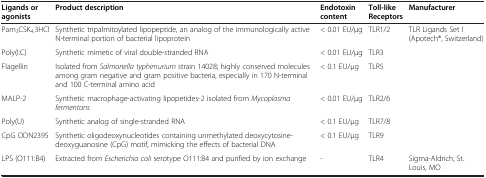
<table><thead><tr><td><b>Ligands or agonists</b></td><td><b>Product description</b></td><td><b>Endotoxin content</b></td><td><b>Toll-like Receptors</b></td><td><b>Manufacturer</b></td></tr></thead><tbody><tr><td>Pam<sub>3</sub>CSK<sub>4.</sub>3HCl</td><td>Synthetic tripalmitoylated lipopeptide, an analog of the immunologically active N-terminal portion of bacterial lipoprotein</td><td>&lt; 0.01 EU/μg</td><td>TLR1/2</td><td rowspan="6">TLR Ligands Set I (Apotech®, Switzerland)</td></tr><tr><td>Poly(I:C)</td><td>Synthetic mimetic of viral double-stranded RNA</td><td>&lt; 0.01 EU/μg</td><td>TLR3</td></tr><tr><td>Flagellin</td><td>Isolated from <i>Salmonella typhimurium</i> strain 14028; highly conserved molecules among gram negative and gram positive bacteria, especially in 170 N-terminal and 100 C-terminal amino acid</td><td>&lt; 0.1 EU/μg</td><td>TLR5</td></tr><tr><td>MALP-2</td><td>Synthetic macrophage-activating lipopetides-2 isolated from <i>Mycoplasma fermentans</i></td><td>&lt; 0.01 EU/μg</td><td>TLR2/6</td></tr><tr><td>Poly(U)</td><td>Synthetic analog of single-stranded RNA</td><td>&lt; 0.1 EU/μg</td><td>TLR7/8</td></tr><tr><td>CpG ODN2395</td><td>Synthetic oligodeoxynucleotides containing unmethylated deoxycytosine-deoxyguanosine (CpG) motif, mimicking the effects of bacterial DNA</td><td>&lt; 0.1 EU/μg</td><td>TLR9</td></tr><tr><td>LPS (O111:B4)</td><td>Extracted from <i>Escherichia coli</i> serotype O111:B4 and purified by ion exchange</td><td>-</td><td>TLR4</td><td>Sigma-Aldrich, St. Louis, MO</td></tr></tbody></table>